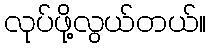
လုပ်ဖို့လွယ်တယ်။